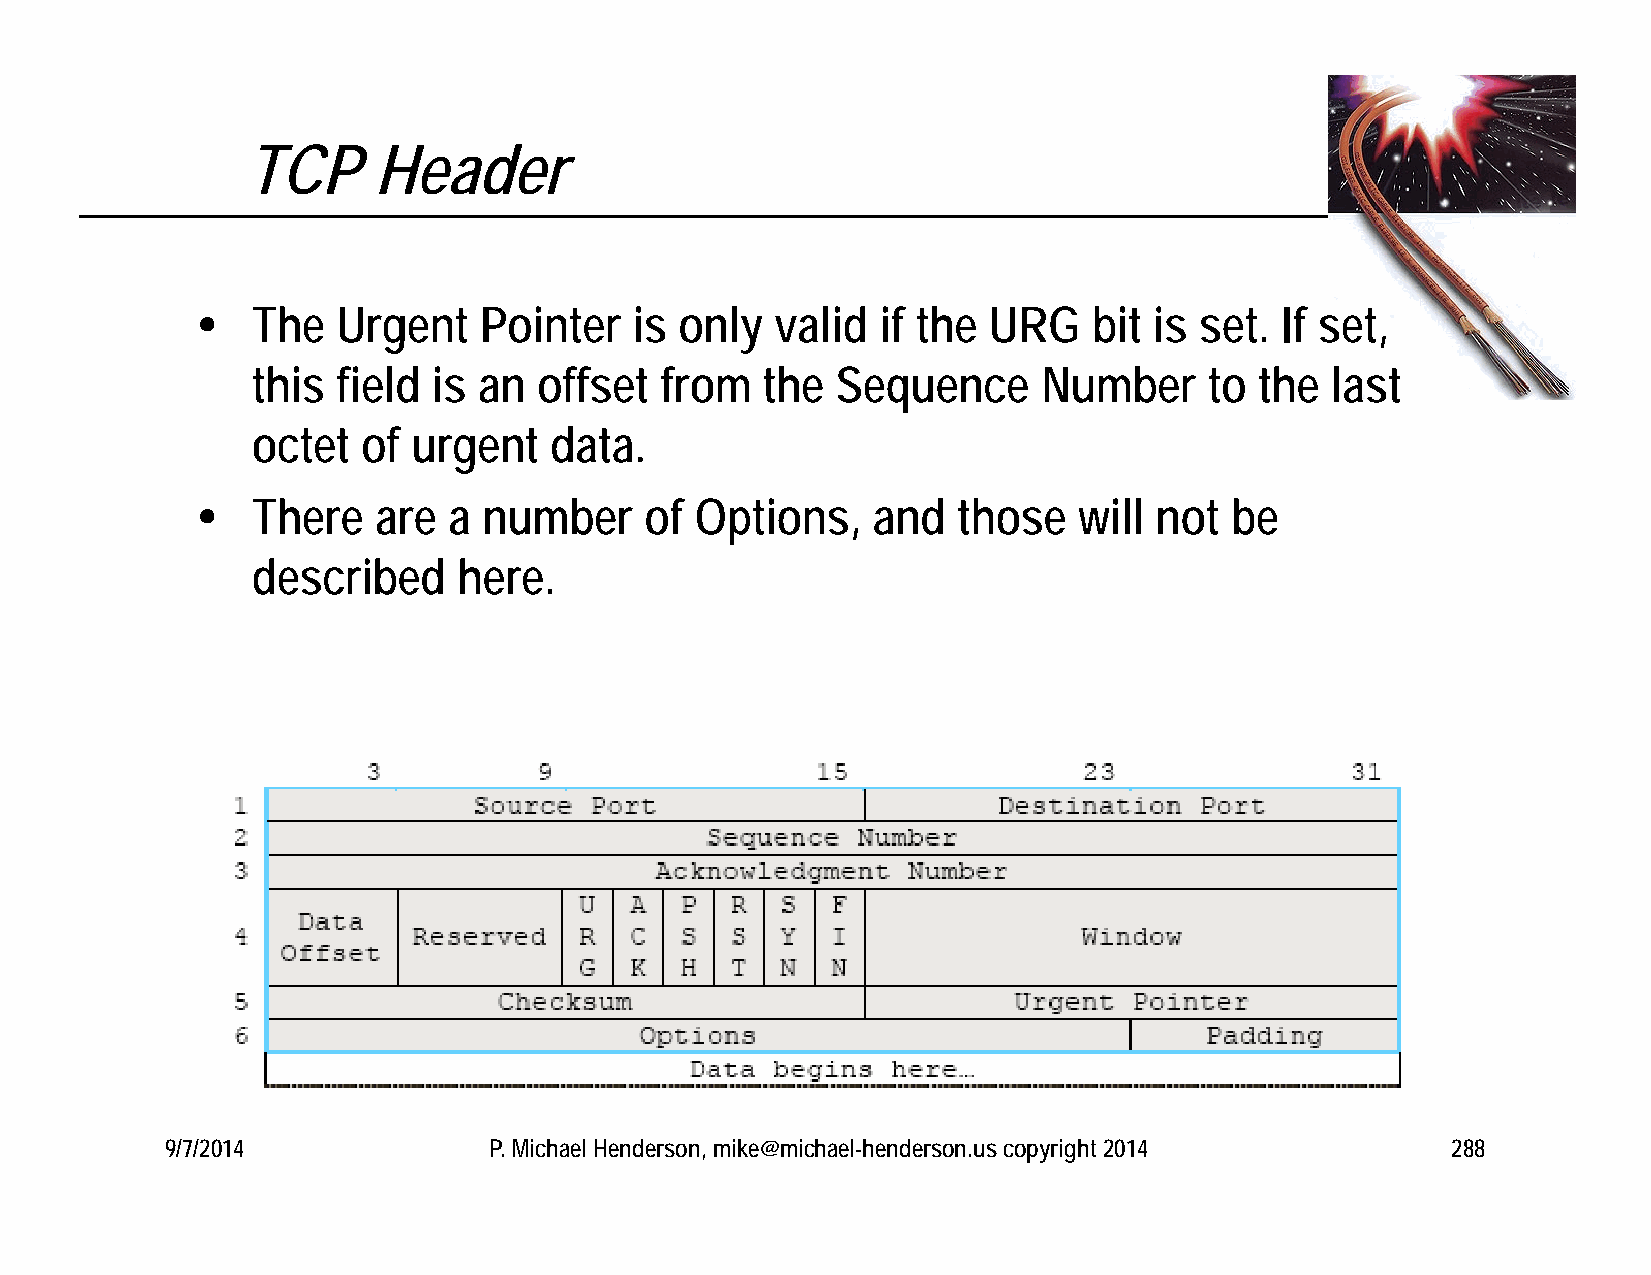
TCP      Header
    The  Urgent    Pointer   is only  valid  if the URG    bit is set.  If set,
 this field  is an  offset  from  the  Sequence      Number     to the  last
 octet  of urgent   data.
    There   are  a number     of Options,    and  those   will not  be
 described    here.
 9/7/2014             P. Michael Henderson, mike@michael-henderson.us copyright 2014  288